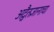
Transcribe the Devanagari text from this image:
अद्वैतज्ञानाचा